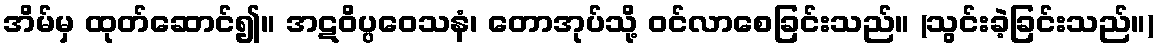
အိမ်မှ ထုတ်ဆောင်၍။ အဋဝိပ္ပဝေသနံ၊ တောအုပ်သို့ ဝင်လာစေခြင်းသည်။ (သွင်းခဲ့ခြင်းသည်။)